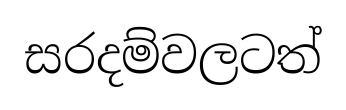
සරදම්වලටත්